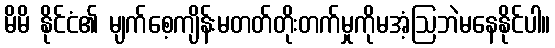
မိမိ နိုင်ငံ၏ မျက်စေ့ကျိန်းမတတ်တိုးတက်မှုကိုမအံ့ဩဘဲမနေနိုင်ပါ။